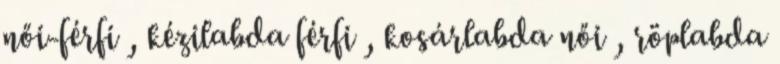
női-férfi , kézilabda férfi , kosárlabda női , röplabda